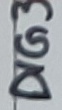
Text: DIG3